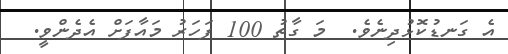
އެ ގަނޑުކޮޅުދިނެވެ.  މަ ގާތު 100 ފަހަރު މައާފަށް އެދެންވީ.